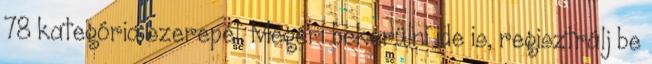
78 kategória szerepel. Megéri bekerülni ide is, regisztrálj be